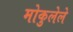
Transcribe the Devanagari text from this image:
मोकुलेले